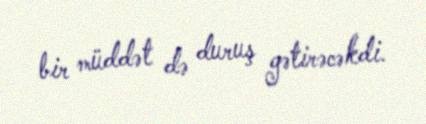
bir müddət də duruş gətirəcəkdi.